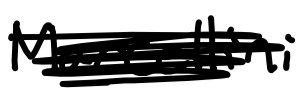
Text: Marcellini
Cross-out: scratch
Writing tool: digital_black